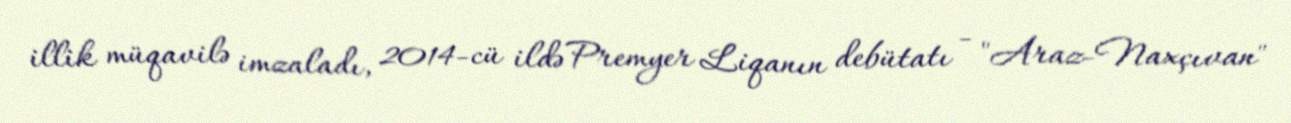
illik müqavilə imzaladı, 2014-cü ildə Premyer Liqanın debütatı - "Araz-Naxçıvan"